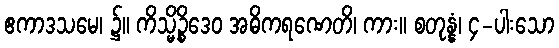
ဧကာဒသမေ၊ ၌။ ကိသ္မိဉ္စိဒေဝ အဓိကရဏေတိ၊ ကား။ စတုန္နံ၊ ၄-ပါးသော